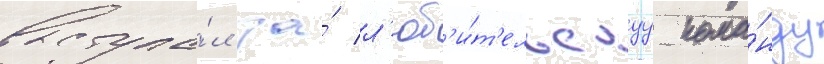
выступа́л за́ л'юб'и́т'ельскуу кома́нду